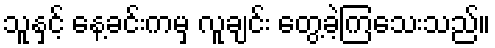
သူနှင့် နေ့ခင်းကမှ လူချင်း တွေ့ခဲ့ကြသေးသည်။